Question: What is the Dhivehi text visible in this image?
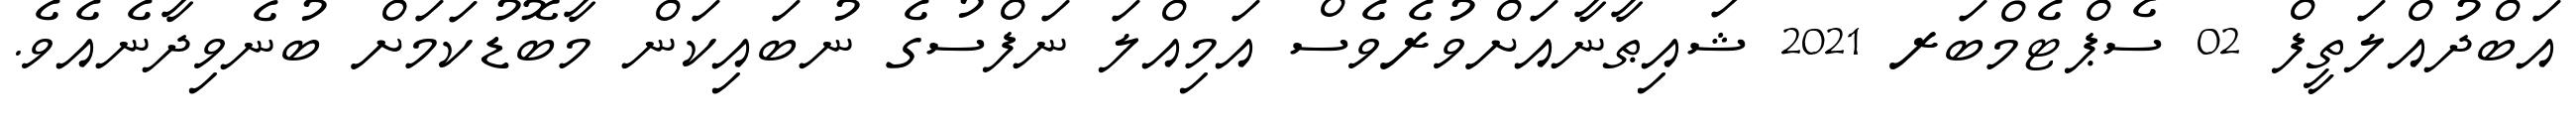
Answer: އަބްދުއްލަތީފް 02 ސެޕްޓެމްބަރ 2021 ޝައިޠާނާއަށްވުރެވެސް އަމިއްލަ ނަފްސުގެ ނުބައިކަން މާބޮޑުކަމަށް ބުނެވިދާނެއެވެ.